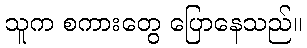
သူက စကားတွေ ပြောနေသည်။